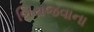
બિરાજવાના